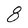
Character: 8